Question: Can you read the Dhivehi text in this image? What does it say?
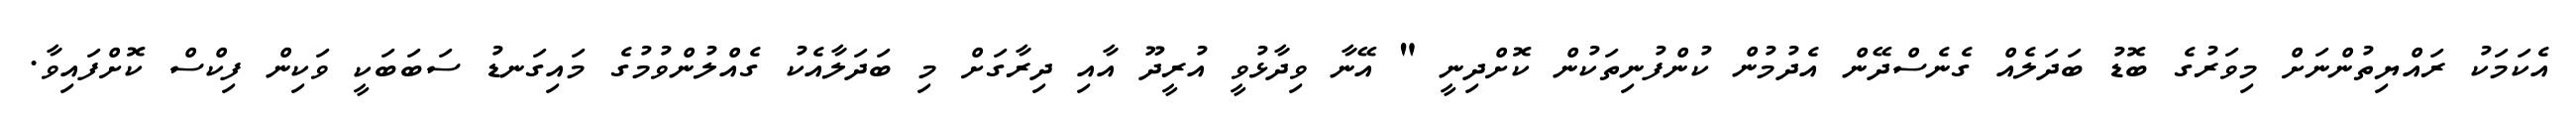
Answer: އެކަމަކު ރައްޔިތުންނަށް މިވަރުގެ ބޮޑު ބަދަލެއް ގެނެސްދޭން އެދުމުން ކުންފުނިތަކުން ކޮށްދިނީ " އޭނާ ވިދާޅުވީ އުރީދޫ އާއި ދިރާގަށް މި ބަދަލާއެކު ގެއްލުންވުމުގެ މައިގަނޑު ސަބަބަކީ ވަކިން ފިކްސް ކޮށްފައިވާ.